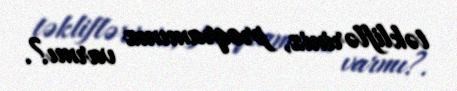
təklifləriniz, proqramınız varmı?.